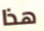
هذا